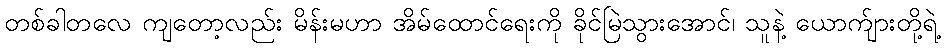
တစ်ခါတလေ ကျတော့လည်း မိန်းမဟာ အိမ်ထောင်ရေးကို ခိုင်မြဲသွားအောင်၊ သူနဲ့ ယောက်ျားတို့ရဲ့